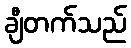
ချီတက်သည်